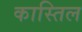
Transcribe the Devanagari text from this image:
कास्तिल